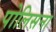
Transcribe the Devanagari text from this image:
पोलिसना